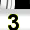
Digit: 3